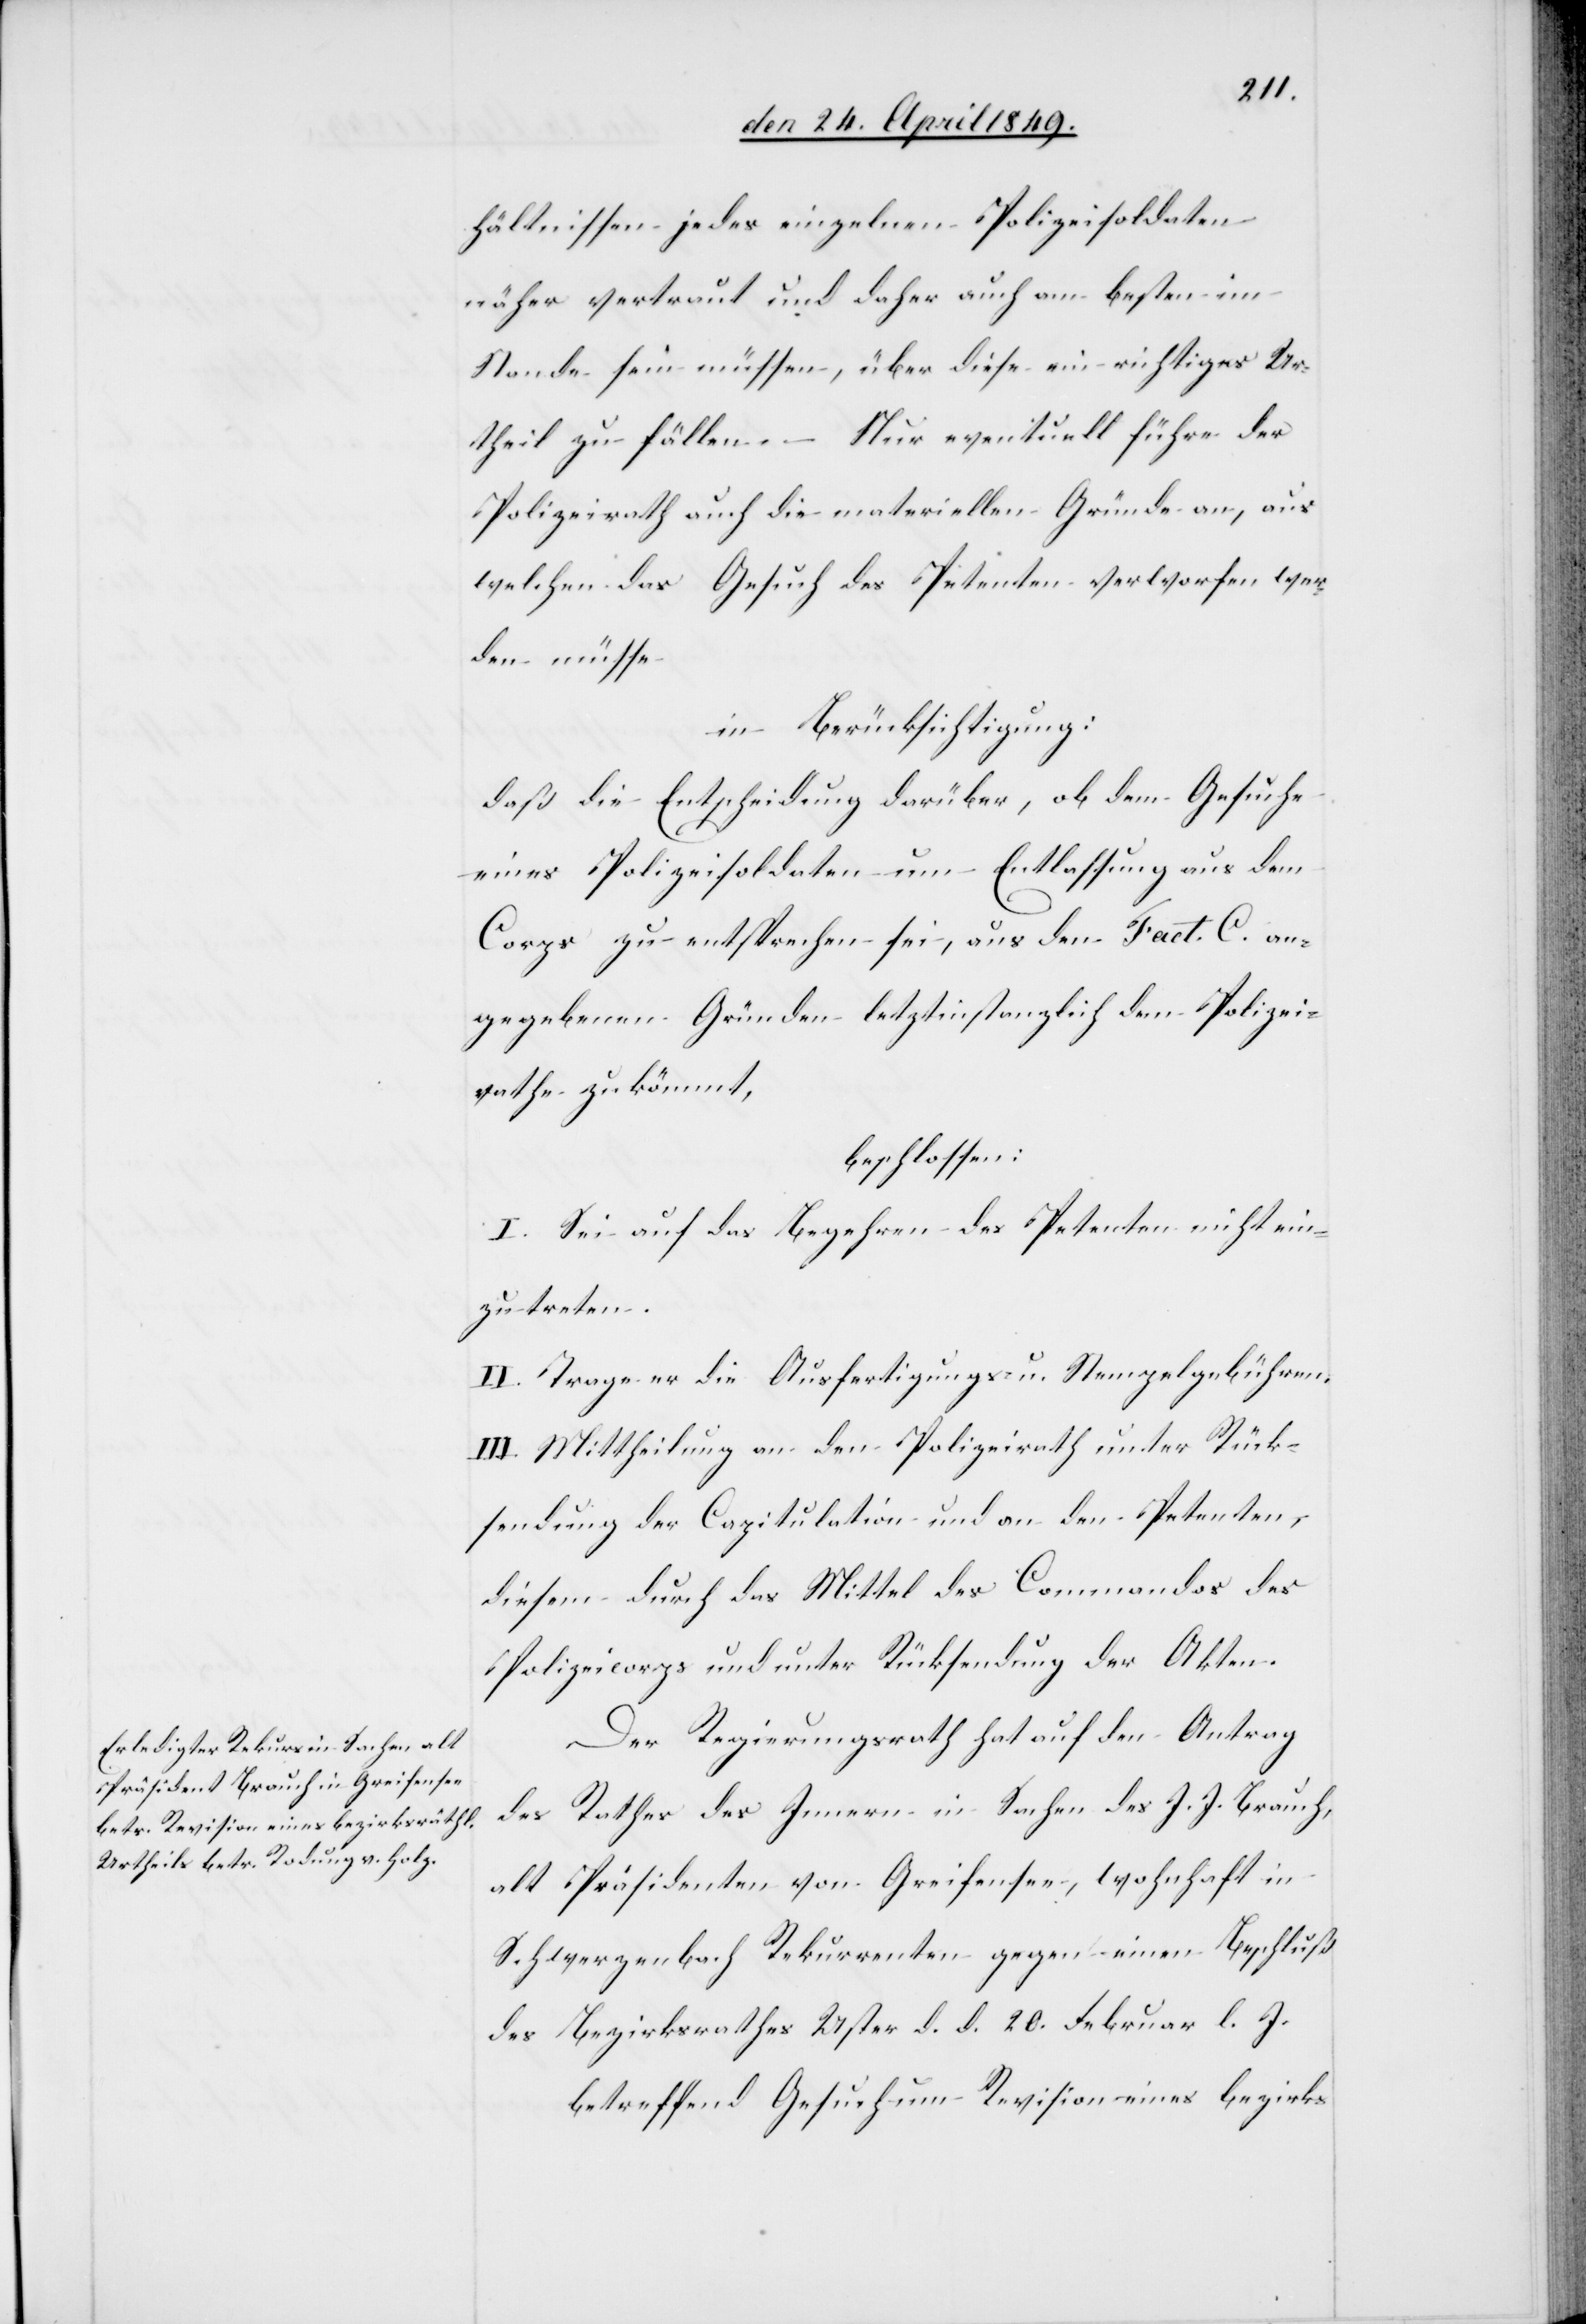
hältnissen jedes einzelnen Polizeisoldaten
näher vertraut und daher auch am besten im
Stande sein müssen, über diese ein richtiges Ur¬
theil zu fällen. – Nur eventuell führe der
Polizeirath auch die materiellen Gründe an, aus
welchen das Gesuch des Petenten verworfen wer¬
den müsse
in Berücksichtigung:
daß die Entscheidung darüber, ob dem Gesuche
eines Polizeisoldaten um Entlassung aus dem
Corps zu entsprechen sei, aus den Fact. C. an¬
gegebenen Gründen letztinstanzlich dem Polizei¬
rathe zukömmt,
beschlossen:
I. Sei auf das Begehren des Petenten nicht ein¬
zutreten.
II. Trage er die Ausfertigungs- u. Stempelgebühren.
III. Mittheilung an den Polizeirath unter Rück¬
sendung der Capitulation und an den Petenten,
diesem durch das Mittel des Commandos des
Polizeicorps und unter Rücksendung der Akten.
Der Regierungsrath hat auf den Antrag
des Rathes des Innern in Sachen des J. J. Brauch,
alt Präsidenten von Greifensee, wohnhaft in
Schwerzenbach Rekurrenten gegen einen Beschluß
des Bezirksrathes Uster d. d. 20. Februar l. J.
betreffend Gesuch um Revision eines bezirks-